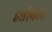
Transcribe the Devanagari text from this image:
हन्नीबल